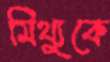
মিথ্যুকে